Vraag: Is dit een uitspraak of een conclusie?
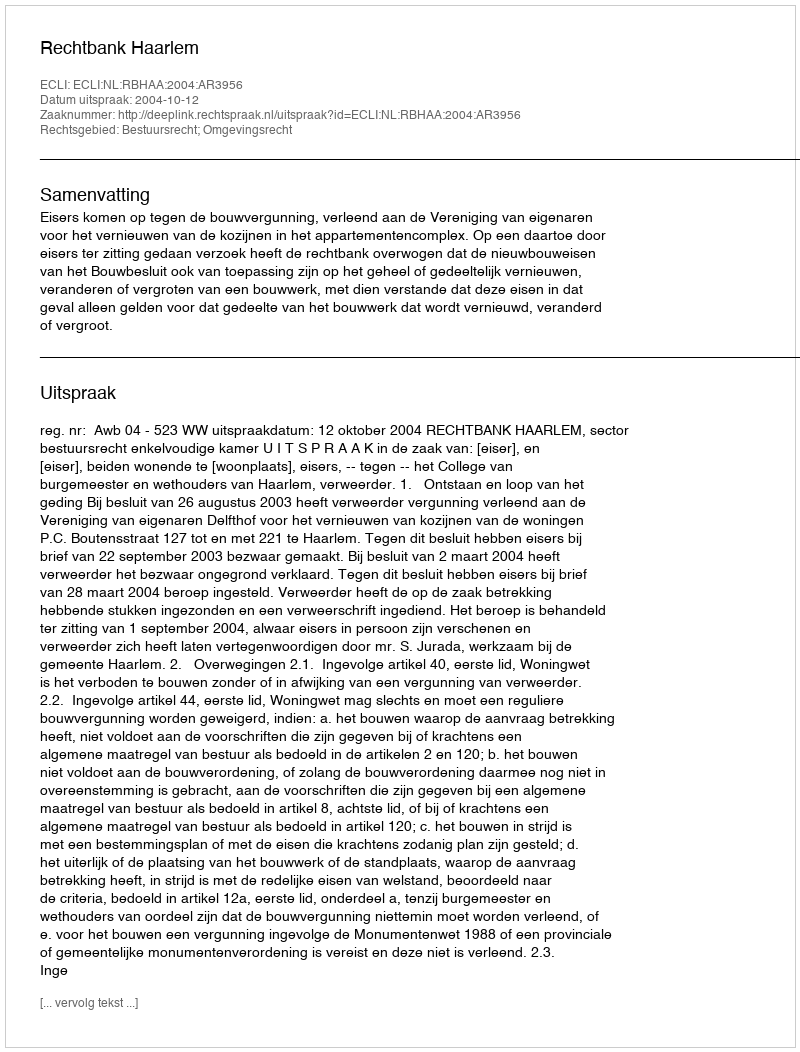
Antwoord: Uitspraak